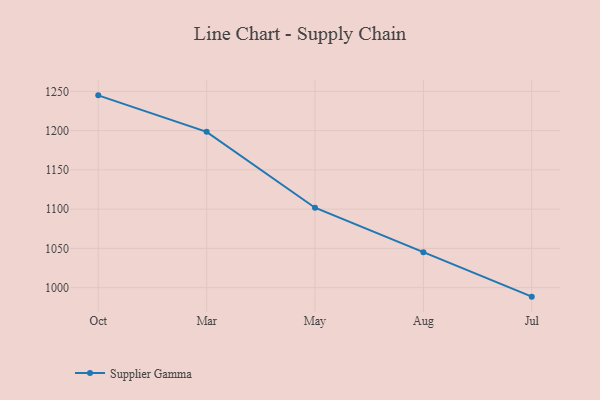
{"axis": {"x": "Month", "y": "Bounce Rate (%)"}, "legend": ["Supplier Gamma"], "data": [{"x": "Oct", "y": 1244.9, "type": "Supplier Gamma"}, {"x": "Mar", "y": 1198.4, "type": "Supplier Gamma"}, {"x": "May", "y": 1101.8, "type": "Supplier Gamma"}, {"x": "Aug", "y": 1045.0, "type": "Supplier Gamma"}, {"x": "Jul", "y": 988.5, "type": "Supplier Gamma"}]}